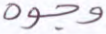
وجوه